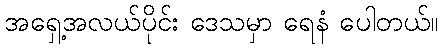
အရှေ့အလယ်ပိုင်း ဒေသမှာ ရေနံ ပေါတယ်။